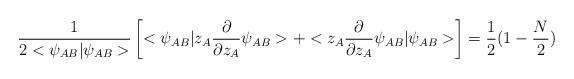
LaTeX: \begin{align*}\frac{1}{2<\psi_{AB}|\psi_{AB}>}\left[ <\psi_{AB}|z_{A}\frac{\partial}{\partial z_{A}}\psi_{AB}>+<z_{A}\frac{\partial}{\partial z_{A}}\psi_{AB}|\psi_{AB}>\right]=\frac{1}{2}(1-\frac{N}{2})\end{align*}